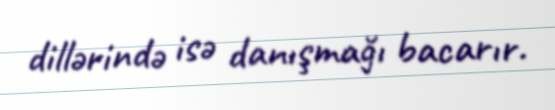
dillərində isə danışmağı bacarır.